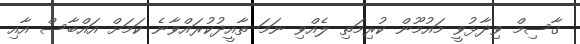
ގާސިމް ވިދާޅުވީ މައުމޫން ކުރިމަތި ލެއްވި ނަމަ ތާއީދުކުރައްވާނެ ކަމަށް އައްބާސް އާއި